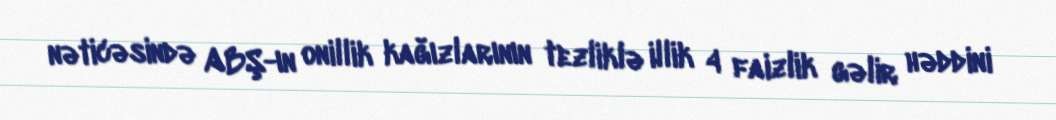
nəticəsində ABŞ-ın onillik kağızlarının tezliklə illik 4 faizlik gəlir həddini